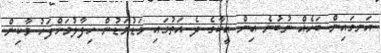
އަނގައިން ބަހެއް ނުބުނެ އިން އީކާގެ ދެ އަތުގައި މަޑުމަޑުން ހިފާލުމަށްފަހު މާކިން